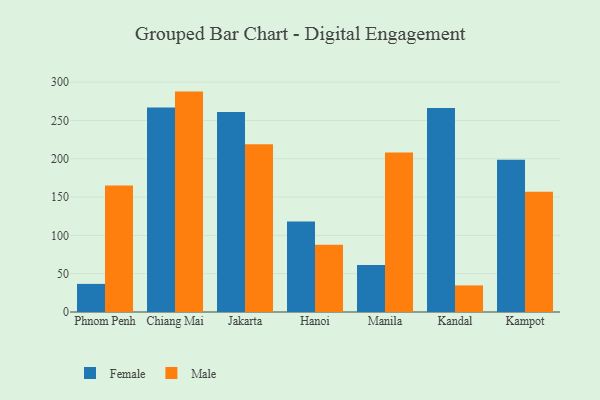
{"axis": {"x": "City", "y": "Backlog"}, "legend": ["Female", "Male"], "data": [{"x": "Phnom Penh", "y": 36.7, "type": "Female"}, {"x": "Phnom Penh", "y": 165.0, "type": "Male"}, {"x": "Chiang Mai", "y": 267.0, "type": "Female"}, {"x": "Chiang Mai", "y": 287.6, "type": "Male"}, {"x": "Jakarta", "y": 260.9, "type": "Female"}, {"x": "Jakarta", "y": 218.8, "type": "Male"}, {"x": "Hanoi", "y": 118.1, "type": "Female"}, {"x": "Hanoi", "y": 87.6, "type": "Male"}, {"x": "Manila", "y": 61.3, "type": "Female"}, {"x": "Manila", "y": 208.0, "type": "Male"}, {"x": "Kandal", "y": 266.2, "type": "Female"}, {"x": "Kandal", "y": 34.7, "type": "Male"}, {"x": "Kampot", "y": 198.6, "type": "Female"}, {"x": "Kampot", "y": 156.9, "type": "Male"}]}